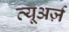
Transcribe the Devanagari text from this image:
व्यूअर्ज़